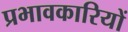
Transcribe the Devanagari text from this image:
प्रभावकारियों